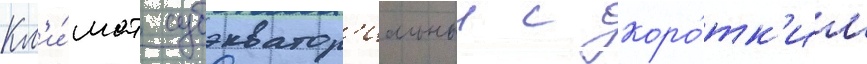
Кл'и́мат субэкватор'иальныи с коро́тк'им